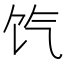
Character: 饩